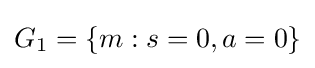
G_{1}=\{m:s=0,a=0\}